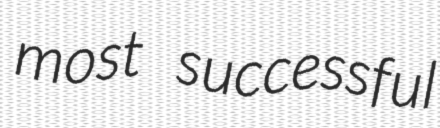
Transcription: most successful